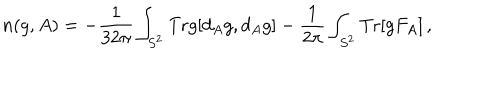
n ( g , A ) = - \frac { 1 } { 3 2 \pi } \int _ { S ^ { 2 } } \mathrm { T r } g [ d _ { A } g , d _ { A } g ] - \frac { 1 } { 2 \pi } \int _ { S ^ { 2 } } \mathrm { T r } [ g F _ { A } ] \, ,